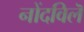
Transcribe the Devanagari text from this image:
नोंदविलॆ